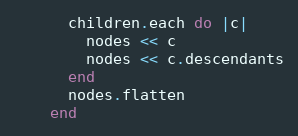
Language: Ruby
      children.each do |c|
        nodes << c
        nodes << c.descendants
      end
      nodes.flatten
    end